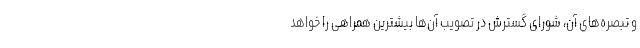
و تبصره‌های آن، شورای گسترش در تصویب آن‌ها بیشترین همراهی را خواهد